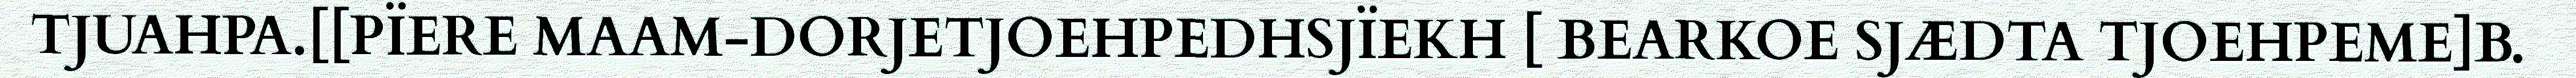
TJUAHPA.[[PÏERE MAAM-DORJETJOEHPEDHSJÏEKH [ BEARKOE SJÆDTA TJOEHPEME]B.